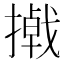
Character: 𪮮